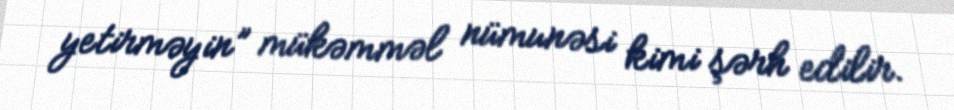
yetirməyin” mükəmməl nümunəsi kimi şərh edilir.